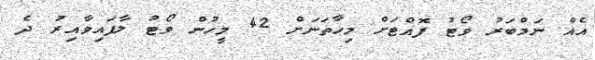
އެއް ނަމްބަރު ވޯޓު ފޮއްޓަށް މިހާތަނަށް 42 މީހުން ވޯޓު ލާފައިވާއިރު ދެ